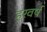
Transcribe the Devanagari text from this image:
हरवर्ष